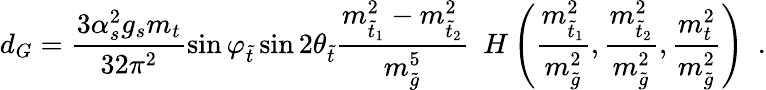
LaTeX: d_{G}=\frac{3\alpha_{s}^{2}g_{s}m_{t}}{32\pi^{2}}\sin\varphi_{\tilde{t}}\sin 2\theta_{\tilde{t}}\frac{m_{\tilde{t}_{1}}^{2}-m_{\tilde{t}_{2}}^{2}}{m_{\tilde{g}}^{5}}\enspace H\left(\frac{m_{\tilde{t}_{1}}^{2}}{m_{\tilde{g}}^{2}},\frac{m_{\tilde{t}_{2}}^{2}}{m_{\tilde{g}}^{2}},\frac{m_{t}^{2}}{m_{\tilde{g}}^{2}}\right)\enspace.